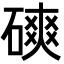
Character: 磢